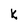
Character: k